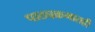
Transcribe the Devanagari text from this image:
पाठ्यक्रमातही